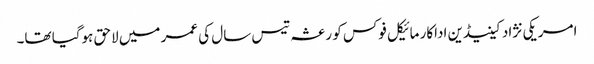
امریکی نژاد کینیڈین اداکار مائیکل فوکس کو رعشہ تیس سال کی عمر میں لاحق ہوگیا تھا۔